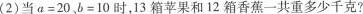
(2)当$$a = 2 0$$ ，$$b = 1 0$$ 时，13箱苹果和12箱香蕉一共重多少千克?